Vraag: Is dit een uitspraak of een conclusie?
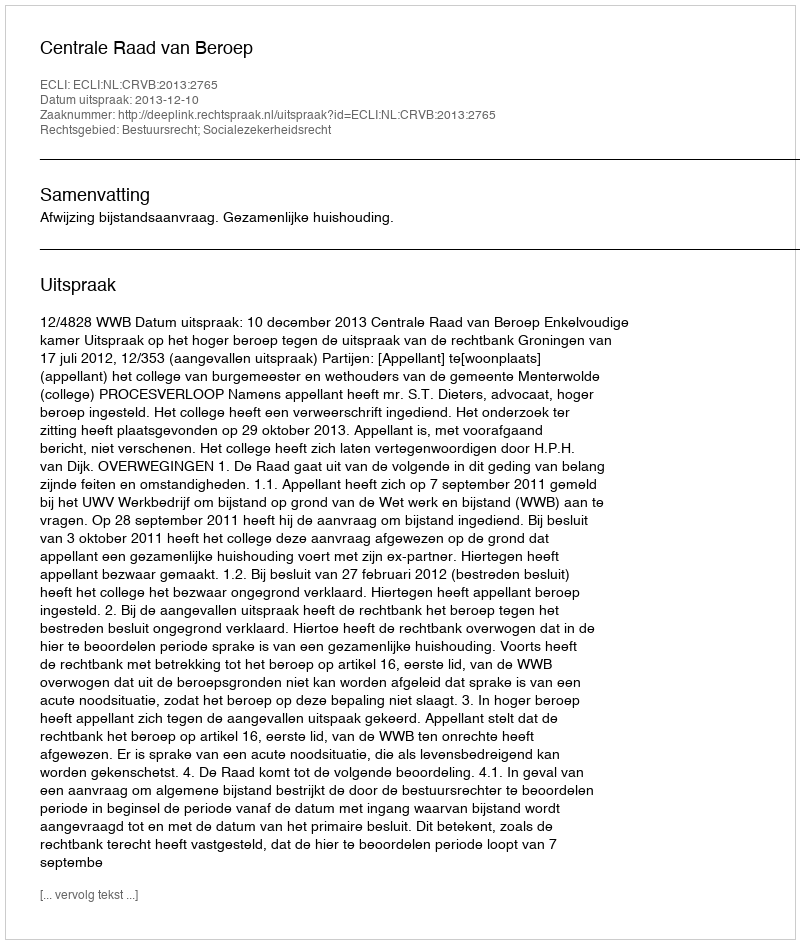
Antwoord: Uitspraak